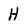
Character: H